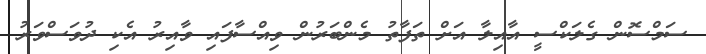
ސަމްސޮން ގެލަކްސީ އާއިލާ އަށް ތަފާތު މެންބަރުން ވިއްސާފައި ވާއިރު އެކި ދުވަސްވަރު